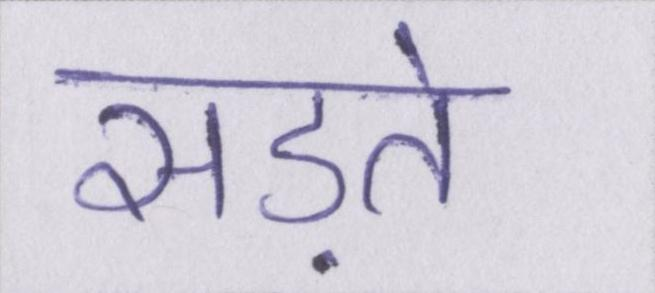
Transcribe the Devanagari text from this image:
सड़ते